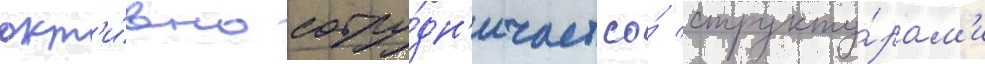
акт'и́вно сотру́дн'ичает со́ структу́рам'и